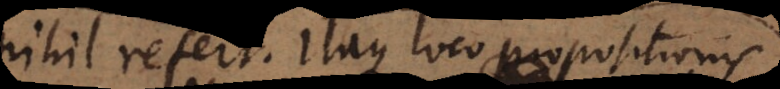
nihil refert. Itaque loco propositionis